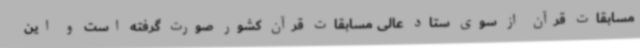
مسابقات قرآن از سوی ستاد عالی مسابقات قرآن کشور صورت گرفته است و این